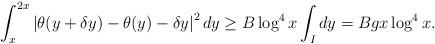
LaTeX: \begin{align*} \int_{x}^{2x} \left| \theta(y+\delta y)- \theta(y) - \delta y \right|^2 dy &\geq B \log^4x \int_I dy = Bg x \log^4x.\end{align*}